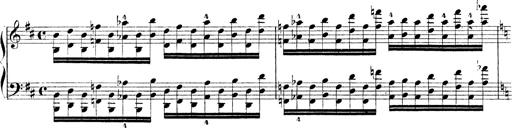
Title: Technische Studien
Composer: Franz Liszt